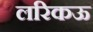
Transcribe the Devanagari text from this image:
लरिकऊ